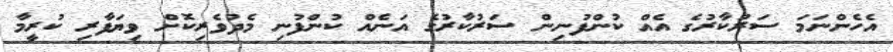
އެހެންނަމަ ސަރުކާރުގެ އެއް ކުންފުނިން ސަރުކާރުގެ އަނެެއް ކުންފުނި މެދުވެރިކޮށް ވިޔަފާރި ކުރީމާ